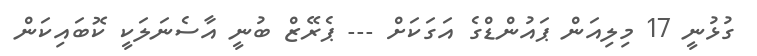
ގުޅުނީ 17 މިލިއަން ޕައުންޑްގެ އަގަކަށް --- ޕެރޭޒް ބުނީ އާސެނަލަކީ ކޮބައިކަން